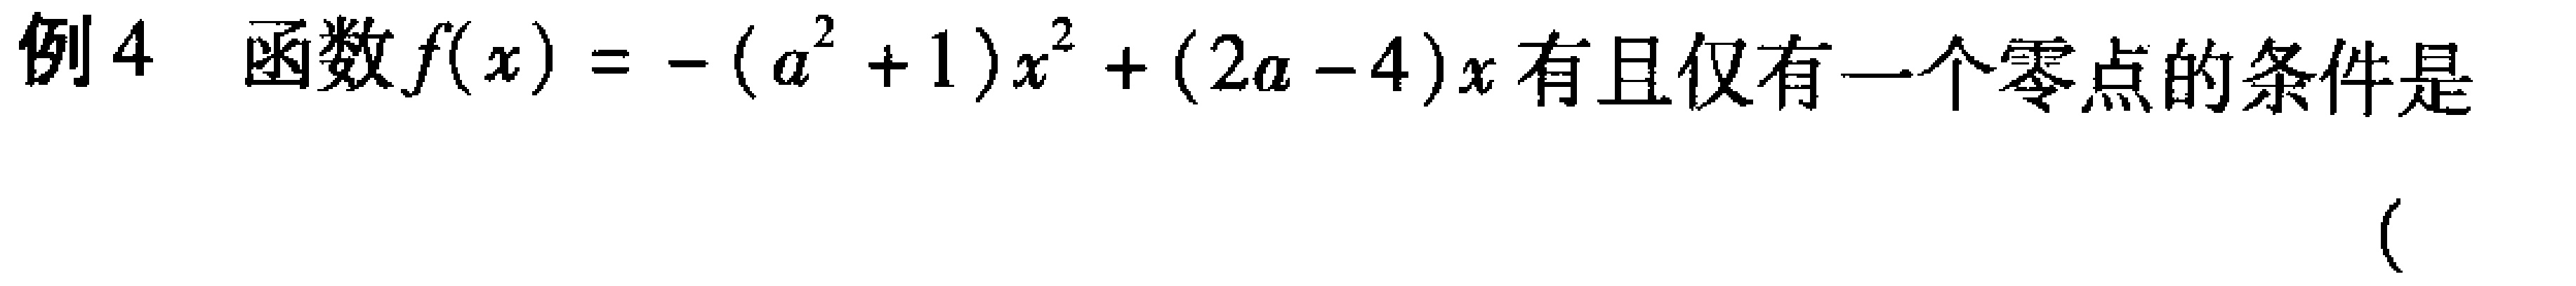
例4 函数\(f(x)=-(a^{2}+1)x^{2}+(2a - 4)x\)有且仅有一个零点的条件是

(